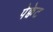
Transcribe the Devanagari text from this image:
पेक्वेट